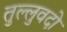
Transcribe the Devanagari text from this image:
तुल्लुवदो